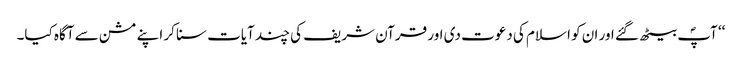
‘‘ آپؐ بیٹھ گئے اور ان کو اسلام کی دعوت دی اور قرآن شریف کی چند آیات سنا کر اپنے مشن سے آگاہ کیا۔